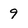
Character: 9